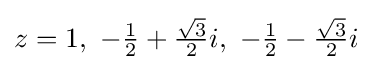
z=1,\ -{\tfrac {1}{2}}+{\tfrac {\sqrt {3}}{2}}i,\ -{\tfrac {1}{2}}-{\tfrac {\sqrt {3}}{2}}i